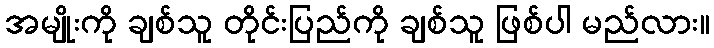
အမျိုးကို ချစ်သူ တိုင်းပြည်ကို ချစ်သူ ဖြစ်ပါ မည်လား။